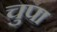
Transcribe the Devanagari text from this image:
चुपा